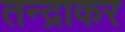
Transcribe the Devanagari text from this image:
तन्द्राकर